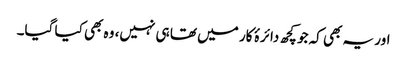
اور یہ بھی کہ جو کچھ دائرۂ کار میں تھا ہی نہیں، وہ بھی کیا گیا۔